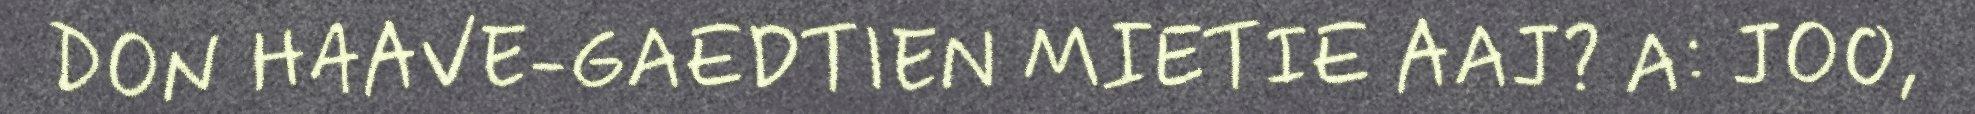
DON HAAVE-GAEDTIEN MIETIE AAJ? A: JOO,